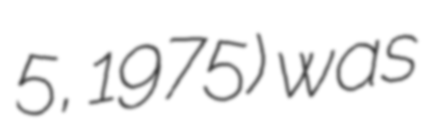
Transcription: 5, 1975) was